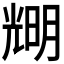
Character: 𠒫